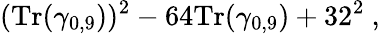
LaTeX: ({\mathrm{Tr}}(\gamma_{0,9}))^{2}-64{\mathrm{Tr}}(\gamma_{0,9})+32^{2}~,